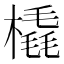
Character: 橇